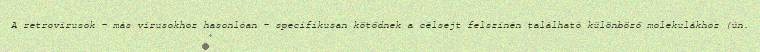
A retrovírusok – más vírusokhoz hasonlóan – specifikusan kötődnek a célsejt felszínén található különböző molekulákhoz (ún.